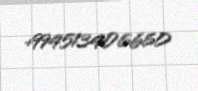
+994513406660